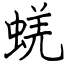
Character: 蜣